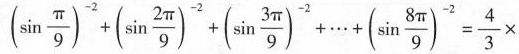
$$(\sin \frac{\pi}{9})^{-2}+(\sin \frac{2 \pi}{9})^{-2}+(\sin \frac{3 \pi}{9})^{-2}+ \cdots +(\sin \frac{8 \pi}{9})^{-2}= \frac{4}{3}\times